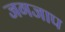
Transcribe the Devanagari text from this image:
जगजाप